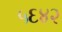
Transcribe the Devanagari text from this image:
५६४२